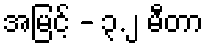
အမြင့် - ၃.၂ မီတာ